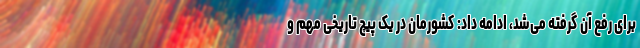
برای رفع آن گرفته می‌شد، ادامه داد: کشورمان در یک پیچ تاریخی مهم و